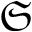
\mathfrak { S }